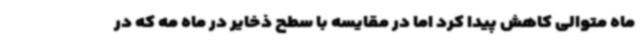
ماه متوالی کاهش پیدا کرد اما در مقایسه با سطح ذخایر در ماه مه که در